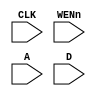
`timescale 1 ns/10 ps

module IRB (CLK, WENn, A, D);
    parameter WORD_WIDTH = 8;
    parameter WORD_DEPTH = 64;
    parameter ADDR_WIDTH = 6;
    
    input CLK, WENn;
    input [ADDR_WIDTH-1:0] A;
    input [WORD_WIDTH-1:0] D;
    
    reg [WORD_WIDTH-1:0] mem [WORD_DEPTH-1:0];
    reg [WORD_WIDTH-1:0] Q;
    
    always@(posedge CLK)
    if (!WENn)
	   mem[A] <= D;
    
endmodule